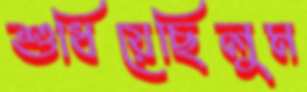
শুধিয়েছিলুম